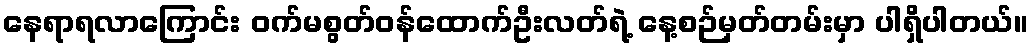
နေရာရလာကြောင်း ဝက်မစွတ်ဝန်ထောက်ဦးလတ်ရဲ့ နေ့စဉ်မှတ်တမ်းမှာ ပါရှိပါတယ်။